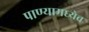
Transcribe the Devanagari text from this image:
पाण्यामध्येच